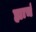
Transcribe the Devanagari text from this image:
ह्याचं